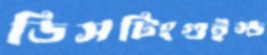
ডিসটিংগুইস্ড